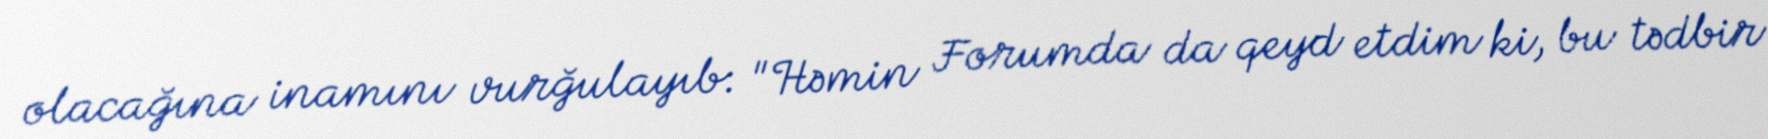
olacağına inamını vurğulayıb: "Həmin Forumda da qeyd etdim ki, bu tədbir